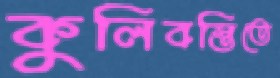
কুলিবস্তিতে